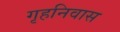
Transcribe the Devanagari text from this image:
गृहनिवास